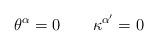
LaTeX: \begin{align*}\theta^\alpha=0 \qquad \kappa^{\alpha'} =0\end{align*}